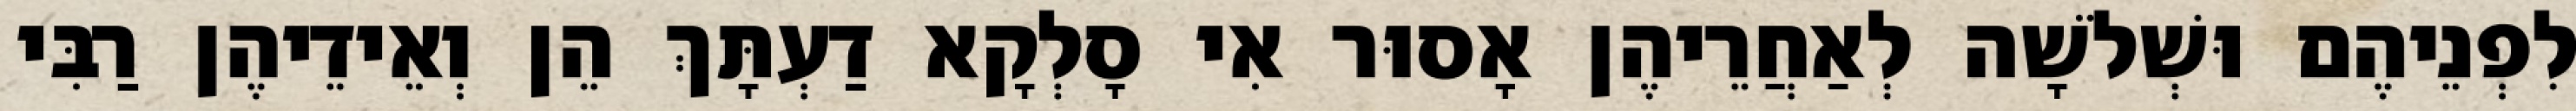
לִפְנֵיהֶם וּשְׁלֹשָׁה לְאַחֲרֵיהֶן אָסוּר אִי סָלְקָא דַעְתָּךְ הֵן וְאֵידֵיהֶן רַבִּי